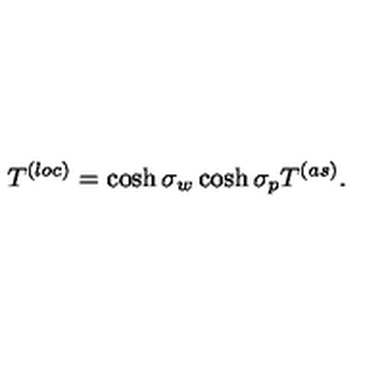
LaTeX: T ^ { ( l o c ) } = \cosh \sigma _ { w } \cosh \sigma _ { p } T ^ { ( a s ) } .